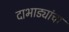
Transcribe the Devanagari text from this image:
दाभाड्यांचा